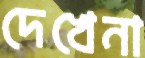
দেখেনা